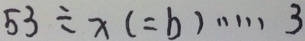
5 3 \div x ( = b ) \cdots 3